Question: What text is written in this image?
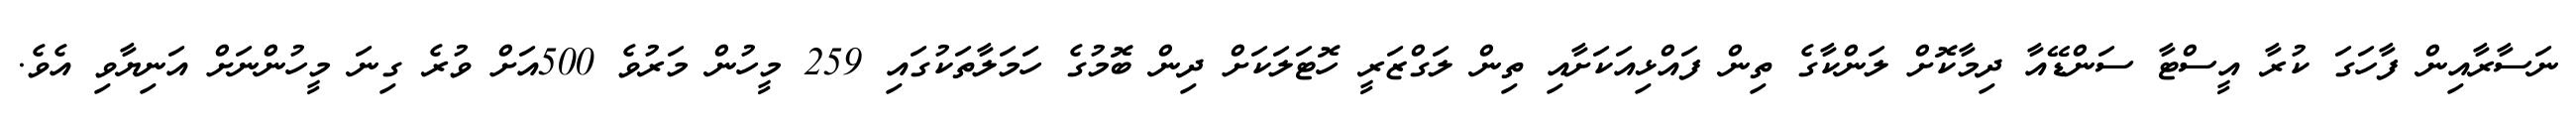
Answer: ނަސާރާއިން ފާހަގަ ކުރާ އީސްޓާ ސަންޑޭއާ ދިމާކޮށް ލަންކާގެ ތިން ފައްޅިއަކަށާއި ތިން ލަގްޒަރީ ހޮޓަލަކަށް ދިން ބޮމުގެ ހަމަލާތަކުގައި 259 މީހުން މަރުވެ 500އަށް ވުރެ ގިނަ މީހުންނަށް އަނިޔާވި އެވެ.